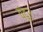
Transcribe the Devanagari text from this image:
वंदूर